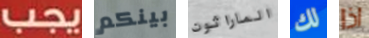
يجب بينكم الماراثون لك اذا